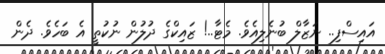
އައިސްފި.. ނަޒާލް ބުނެލިއެވެ. މެޓާ..! ޒައިކްގެ ދުލުން ނުކުތީ އެ ބަހެވެ. ދެން